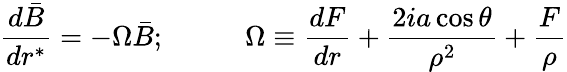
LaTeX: \frac{d\bar{B}}{dr^{*}}=-\Omega\bar{B};\; \; \; \; \; \; \; \; \; \; \Omega\equiv\frac{dF}{dr}+\frac{2ia\cos\theta}{\rho^{2}}+\frac{F}{\rho}